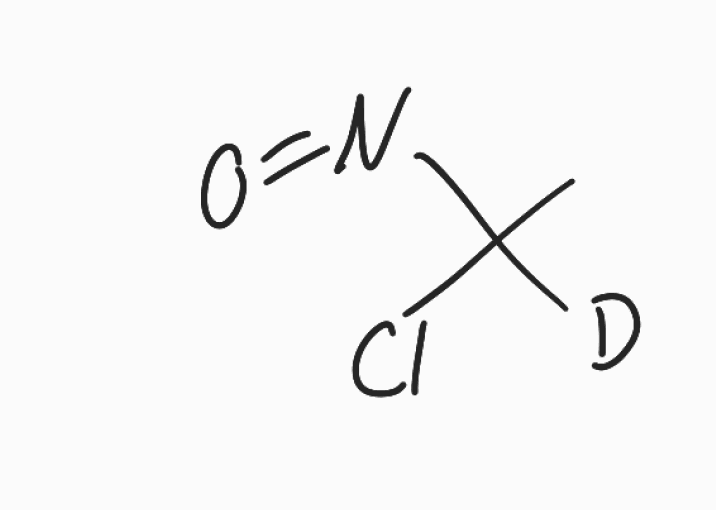
Simplified molecular-input line-entry system (SMILES) notation of the given molecule:
[2H]C(C)(N=O)Cl